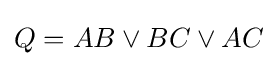
Q=AB\lor BC\lor AC